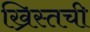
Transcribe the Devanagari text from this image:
ख्रिस्तची